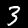
Label: 3